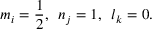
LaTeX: m _ { i } = \frac { 1 } { 2 } , \, \, \, n _ { j } = 1 , \, \, \, l _ { k } = 0 .